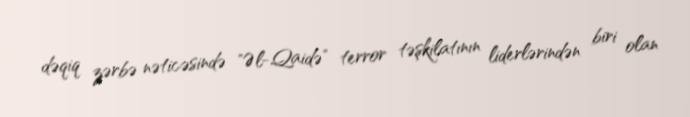
dəqiq zərbə nəticəsində "Əl-Qaidə" terror təşkilatının liderlərindən biri olan